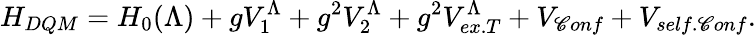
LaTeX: H_{DQM}=H_{0}(\Lambda)+gV_{1}^{\Lambda}+g^{2}V_{2}^{\Lambda}+g^{2}V_{ex.T}^{\Lambda}+V_{\mathscr{C}onf}+V_{self.\mathscr{C}onf}.